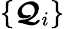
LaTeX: \{ \boldsymbol{\mathcal{Q}}_{i}\}